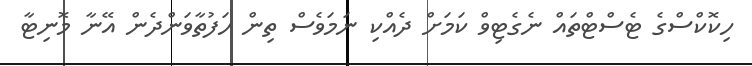
ހިކޮކްސްގެ ޓެސްޓްތައް ނެގެޓިވް ކަމަށް ދެއްކި ނަމަވެސް ތިން ހަފުތާވަންދެން އޭނާ މޮނިޓާ